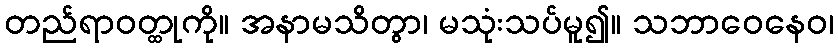
တည်ရာဝတ္ထုကို။ အနာမသိတွာ၊ မသုံးသပ်မူ၍။ သဘာဝေနေဝ၊